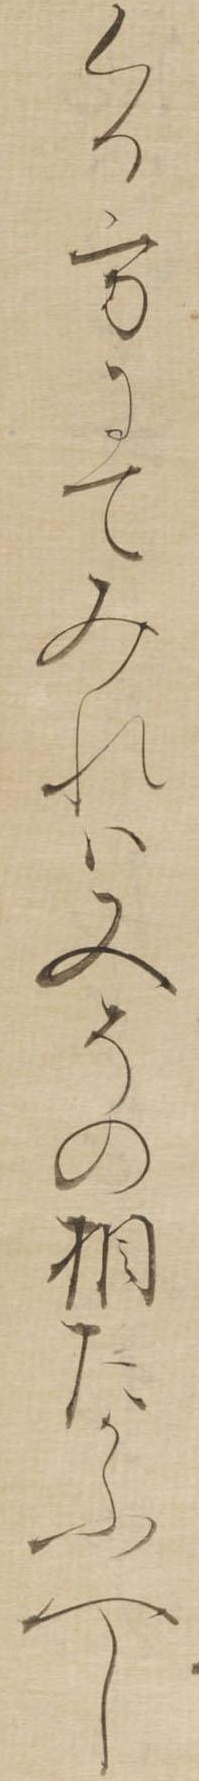
くる方にてみれは又その相たかふへし